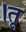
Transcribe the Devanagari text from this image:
।तू